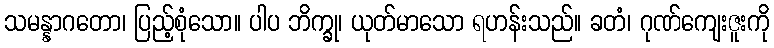
သမန္နာဂတော၊ ပြည့်စုံသော။ ပါပ ဘိက္ခု၊ ယုတ်မာသော ရဟန်းသည်။ ခတံ၊ ဂုဏ်ကျေးဇူးကို